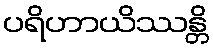
ပရိဟာယိဿန္တိ